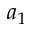
a _ { 1 }